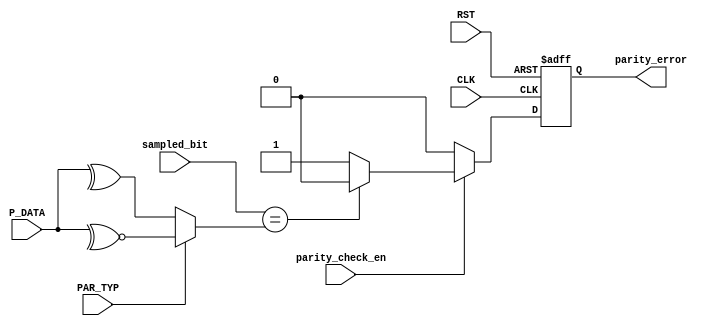
module PARITY_CHECK #(parameter WIDTH = 8) 
(
    input wire          parity_check_en ,
    input wire          sampled_bit ,
    input wire          CLK , RST ,
    input wire          PAR_TYP ,
    input wire [WIDTH-1:0] P_DATA ,
    output reg          parity_error 
);

wire temp ;
wire parity ;

assign parity = PAR_TYP? ~^P_DATA : ^P_DATA ;
assign temp = parity_check_en? ((sampled_bit == parity)? 1'b0 : 1'b1 ) : 1'b0;

always @(posedge CLK or negedge RST ) begin
   if (!RST) begin
    parity_error <= 1'b0 ;
   end else begin
    parity_error <= temp ;
   end 
end

    
endmodule